Scientific memoirs by medical officers of the Army of India - Part I,
Year: 1884
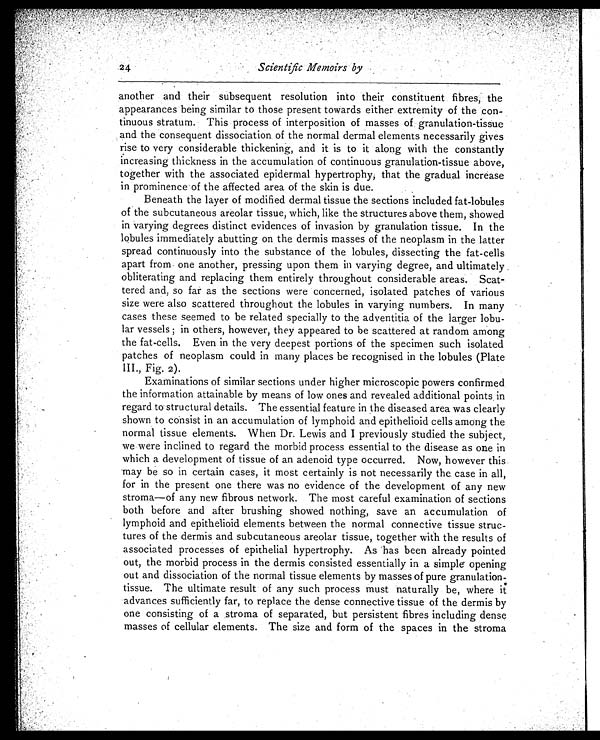
24
Scientific Memoirs by
another and their subsequent resolution into their constituent fibres, the
appearances being similar to those present towards either extremity of the con-
tinuous stratum. This process of interposition of masses of granulation-tissue
and the consequent dissociation of the normal dermal elements necessarily gives
rise to very considerable thickening, and it is to it along with the constantly
increasing thickness in the accumulation of continuous granulation-tissue above,
together with the associated epidermal hypertrophy, that the gradual increase
in prominence of the affected area of the skin is due.
Beneath the layer of modified dermal tissue the sections included fat-lobules
of the subcutaneous areolar tissue, which, like the structures above them, showed
in varying degrees distinct evidences of invasion by granulation tissue. In the
lobules immediately abutting on the dermis masses of the neoplasm in the latter
spread continuously into the substance of the lobules, dissecting the fat-cells
apart from one another, pressing upon them in varying degree, and ultimately
obliterating and replacing them entirely throughout considerable areas. Scat-
tered and, so far as the sections were concerned, isolated patches of various
size were also scattered throughout the lobules in varying numbers. In many
cases these seemed to be related specially to the adventitia of the larger lobu-
lar vessels; in others, however, they appeared to he scattered at random among
the fat-cells. Even in the very deepest portions of the specimen such isolated
patches of neoplasm could in many places be recognised in the lobules (Plate
III., Fig. 2).
Examinations of similar sections under higher microscopic powers confirmed
the information attainable by means of low ones and revealed additional points in
regard to structural details. The essential feature in the diseased area was clearly
shown to consist in an accumulation of lymphoid and epithelioid cells among the
normal tissue elements. When Dr. Lewis and I previously studied the subject,
we were inclined to regard the morbid process essential to the disease as one in
which a development of tissue of an adenoid type occurred. Now, however this
may be so in certain cases, it most certainly is not necessarily the case in all,
for in the present one there was no evidence of the development of any new
stroma—of any new fibrous network. The most careful examination of sections
both before and after brushing showed nothing, save an accumulation of
lymphoid and epithelioid elements between the normal connective tissue struc-
tures of the dermis and subcutaneous areolar tissue, together with the results of
associated processes of epithelial hypertrophy. As has been already pointed
out, the morbid process in the dermis consisted essentially in a simple opening
out and dissociation of the normal tissue elements by masses of pure granulation-
tissue. The ultimate result of any such process must naturally be, where it
advances sufficiently far, to replace the dense connective tissue of the dermis by
one consisting of a stroma of separated, but persistent fibres including dense
masses of cellular elements. The size and form of the spaces in the stroma